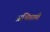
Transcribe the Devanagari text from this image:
अभिगामी